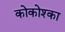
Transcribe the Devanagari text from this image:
कोकोश्का